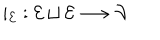
i _ { \mathcal { E } } : \mathcal { E } \sqcup \mathcal { E } \longrightarrow \mathcal { V }